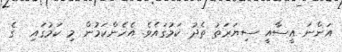
އަންނަ އީސާއީ ސިޔަރަތު ތެދު ކަމުގައެވެ. އެހެންކަމުން މި ކަމުގައި  ގެ